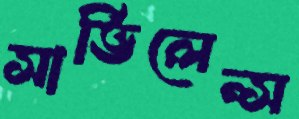
সার্ভিলেন্স